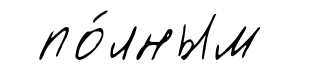
по́лным